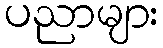
ပညာများ